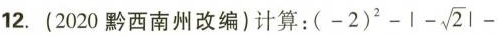
12.(2020黔西南州改编)计算：( (-2)^{2}-|- \sqrt{2}|-